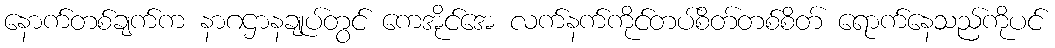
နောက်တစ်ချက်က နာဂဌာနချုပ်တွင် ကေအိုင်အေ လက်နက်ကိုင်တပ်စိတ်တစ်စိတ် ရောက်နေသည်ကိုပင်